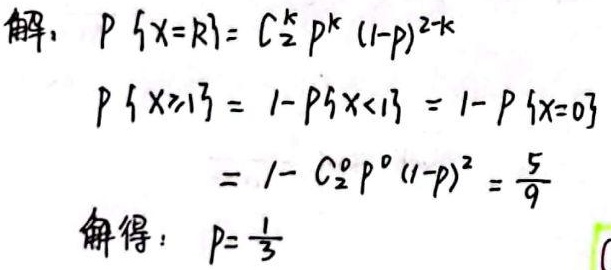
解：
\[
\begin{align*}
P\{X = k\} &= C_{2}^{k}p^{k}(1 - p)^{2 - k}\\
P\{X\geq1\} &= 1 - P\{X\lt1\}=1 - P\{X = 0\}\\
&=1 - C_{2}^{0}p^{0}(1 - p)^{2}=\frac{5}{9}
\end{align*}
\]
解得：\(p=\frac{1}{3}\)